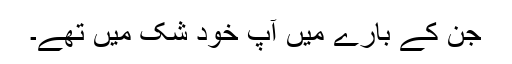
جن کے بارے میں آپ خود شک میں تھے۔